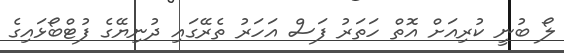
ލޯ ބުނީ ކުރިއަށް އޮތް ހަތަރު ފަސް އަހަރު ތެރޭގައި ދުނިޔޭގެ ފުޓްބޯޅައިގެ